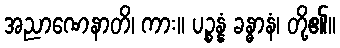
အညာဏေနာတိ၊ ကား။ ပဉ္စန္နံ ခန္ဓာနံ၊ တို့၏။